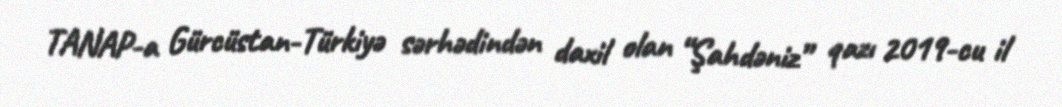
TANAP-a Gürcüstan-Türkiyə sərhədindən daxil olan “Şahdəniz” qazı 2019-cu il